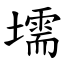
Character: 壖